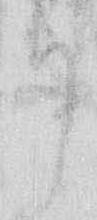
り